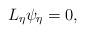
LaTeX: \begin{align*}L_{\eta}\psi_{\eta}=0,\end{align*}